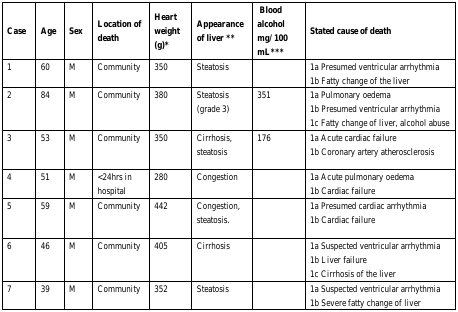
<table><thead><tr><td><b>Case</b></td><td><b>Age</b></td><td><b>Sex</b></td><td><b>Location of death</b></td><td><b>Heart weight (g)*</b></td><td><b>Appearance of liver **</b></td><td><b>Blood alcohol mg/100 mL***</b></td><td><b>Stated cause of death</b></td></tr></thead><tbody><tr><td>1</td><td>60</td><td>M</td><td>Community</td><td>350</td><td>Steatosis</td><td></td><td>1a Presumed ventricular arrhythmia1b Fatty change of the liver</td></tr><tr><td>2</td><td>84</td><td>M</td><td>Community</td><td>380</td><td>Steatosis (grade 3)</td><td>351</td><td>1a Pulmonary oedema1b Presumed ventricular arrhythmia1c Fatty change of liver, alcohol abuse</td></tr><tr><td>3</td><td>53</td><td>M</td><td>Community</td><td>350</td><td>Cirrhosis, steatosis</td><td>176</td><td>1a Acute cardiac failure1b Coronary artery atherosclerosis</td></tr><tr><td>4</td><td>51</td><td>M</td><td>&lt;24hrs in hospital</td><td>280</td><td>Congestion</td><td></td><td>1a Acute pulmonary oedema1b Cardiac failure</td></tr><tr><td>5</td><td>59</td><td>M</td><td>Community</td><td>442</td><td>Congestion, steatosis.</td><td></td><td>1a Presumed cardiac arrhythmia1b Cardiac failure</td></tr><tr><td>6</td><td>46</td><td>M</td><td>Community</td><td>405</td><td>Cirrhosis</td><td></td><td>1a Suspected ventricular arrhythmia1b Liver failure1c Cirrhosis of the liver</td></tr><tr><td>7</td><td>39</td><td>M</td><td>Community</td><td>352</td><td>Steatosis</td><td></td><td>1a Suspected ventricular arrhythmia1b Severe fatty change of liver</td></tr></tbody></table>